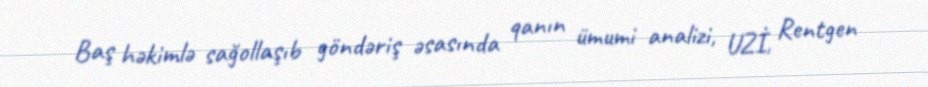
Baş həkimlə sağollaşıb göndəriş əsasında qanın ümumi analizi, UZİ, Rentgen